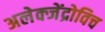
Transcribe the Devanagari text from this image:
अलेक्जेंद्रोविच